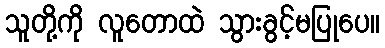
သူတို့ကို လူတောထဲ သွားခွင့်မပြုပေ။